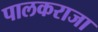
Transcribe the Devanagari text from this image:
पालकराजा